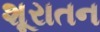
શૂરાતન